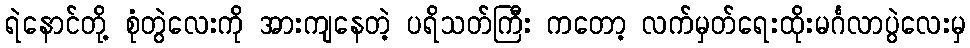
ရဲနောင်တို့ စုံတွဲလေးကို အားကျနေတဲ့ ပရိသတ်ကြီး ကတော့ လက်မှတ်ရေးထိုးမင်္ဂလာပွဲလေးမှ